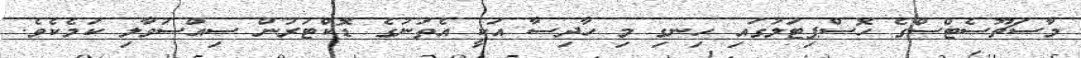
މާސަޗޫސެޓްސްގެ ހޮސްޕިޓަލުގައި ހިނގި މި ހާދިސާ އަކީ އެތަނުގެ ޑޮކްޓަރުން ސިއްސުވާލި ކަމެކެވެ.